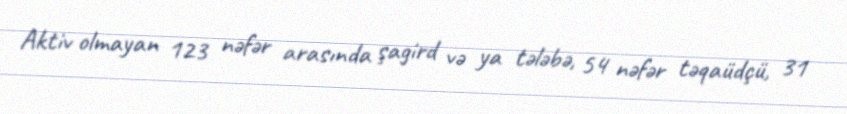
Aktiv olmayan 123 nəfər arasında şagird və ya tələbə, 54 nəfər təqaüdçü, 31